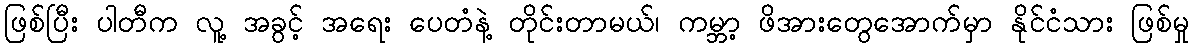
ဖြစ်ပြီး ပါတီက လူ့ အခွင့် အရေး ပေတံနဲ့ တိုင်းတာမယ်၊ ကမ္ဘာ့ ဖိအားတွေအောက်မှာ နိုင်ငံသား ဖြစ်မှု